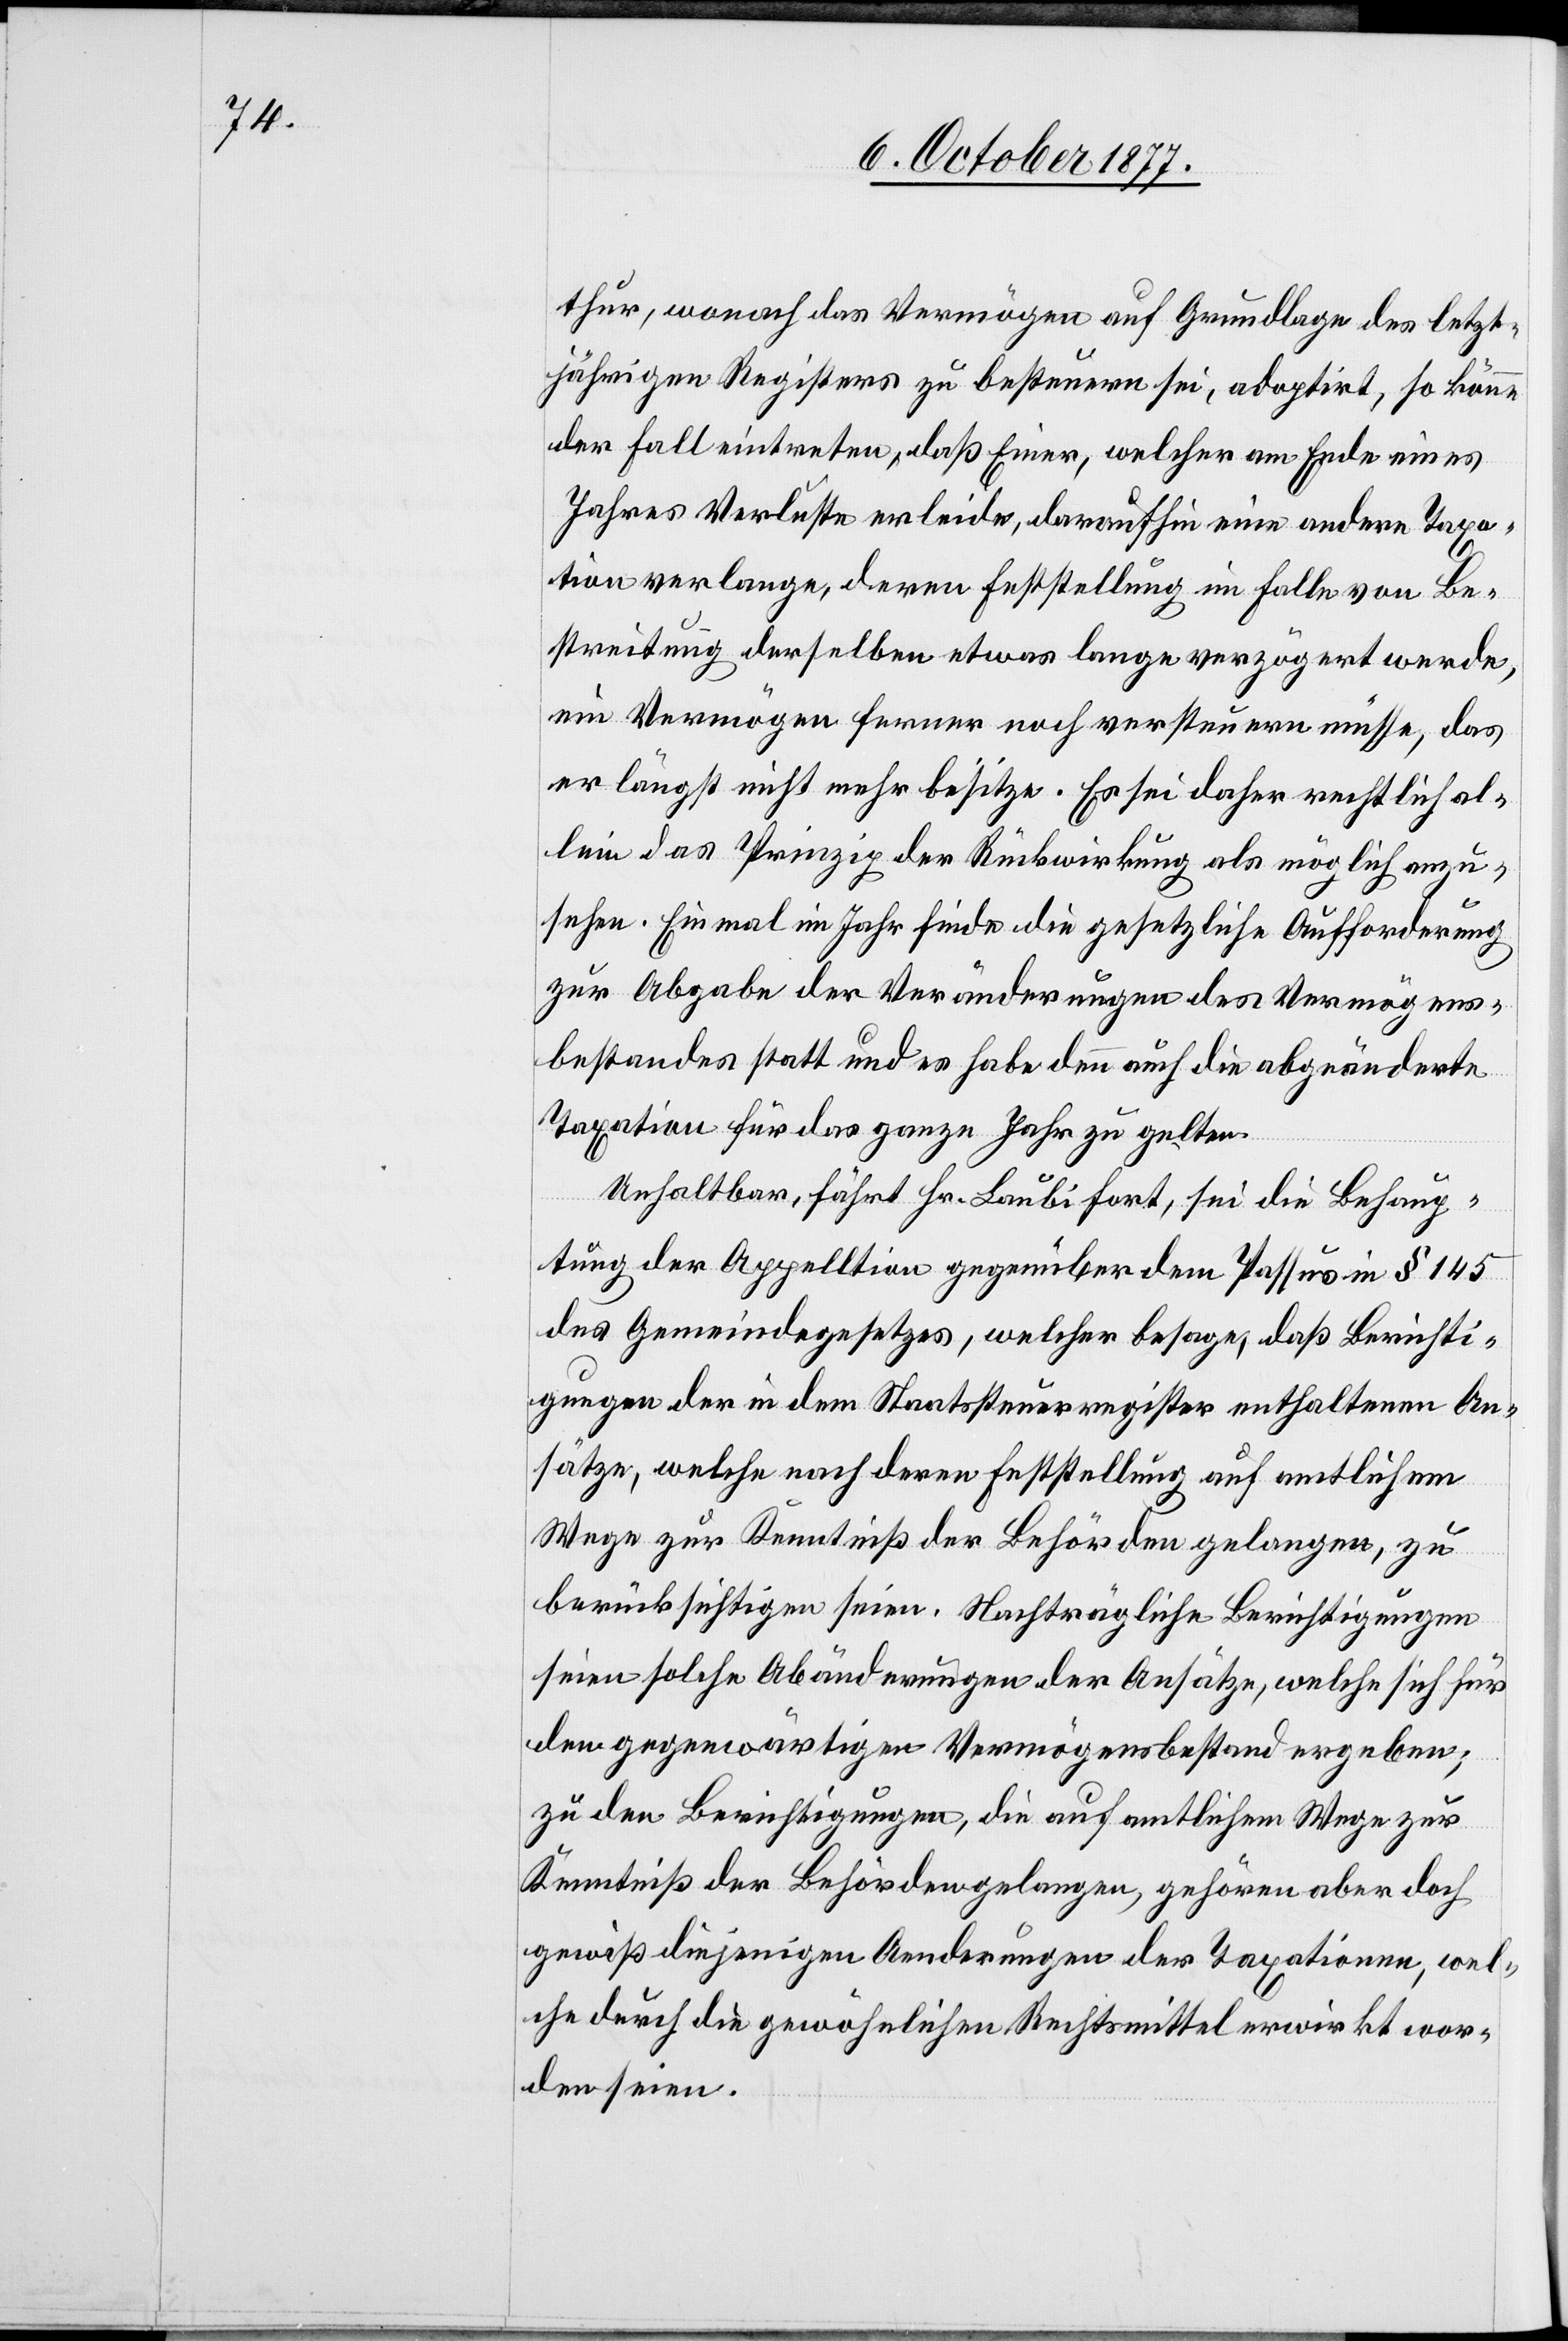
thur, wonach das Vermögen auf Grundlage des letzt¬
jährigen Registers zu besteuern sei, adoptirt, so könne
der Fall eintreten, daß Einer, welcher am Ende eines
Jahres Verluste erleide, daraufhin eine andere Taxa¬
tion verlange, deren Feststellung im Falle von Be¬
streitung derselben etwas lange verzögert werde,
ein Vermögen ferner noch versteuern müsse, das
er längst nicht mehr besitze. Es sei daher rechtlich al¬
lein das Prinzip der Rückwirkung als möglich anzu¬
sehen. Einmal im Jahr finde die gesetzliche Aufforderung
zur Abgabe der Veränderungen des Vermögens¬
bestandes statt und es habe denn auch die abgeänderte
Taxation für das ganze Jahr zu gelten.
Unhaltbar, fährt Hr. Laubi fort, sei die Behaup¬
tung der Appell[a]tion gegenüber dem Passus in § 145
des Gemeindegesetzes, welcher besage, daß Berichti¬
gungen der in dem Staatssteuerregister enthaltenen An¬
sätze, welche nach deren Feststellung auf amtlichem
Wege zur Kenntniß der Behörden gelangen, zu
berücksichtigen seien. Nachträgliche Berichtigungen
seien solche Abänderungen der Ansätze, welche sich für
den gegenwärtigen Vermögensbestand ergeben;
zu den Berichtigungen, die auf amtlichem Wege zur
Kenntniß der Behörden gelangen, gehören aber doch
gewiß diejenigen Aenderungen der Taxationen, wel¬
che durch die gewöhnlichen Rechtsmittel erwirkt wor¬
den seien.